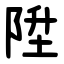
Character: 陞